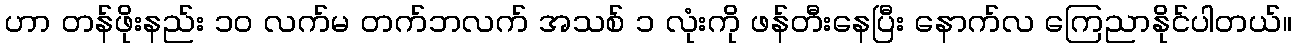
ဟာ တန်ဖိုးနည်း ၁၀ လက်မ တက်ဘလက် အသစ် ၁ လုံးကို ဖန်တီးနေပြီး နောက်လ ကြေညာနိုင်ပါတယ်။